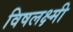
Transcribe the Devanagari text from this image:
विषलक्ष्मी